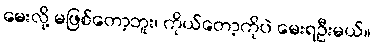
မေးလို့ မဖြစ်တော့ဘူး၊ ကိုယ်တော့ကိုပဲ မေးရဦးမယ်။